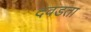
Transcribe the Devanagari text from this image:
दवडता